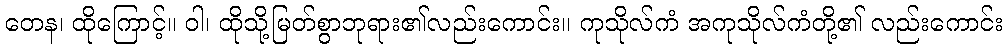
တေန၊ ထိုကြောင့်။ ဝါ၊ ထိုသို့မြတ်စွာဘုရား၏လည်းကောင်း။ ကုသိုလ်ကံ အကုသိုလ်ကံတို့၏ လည်းကောင်း